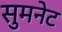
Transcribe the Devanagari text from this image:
सुमनेट